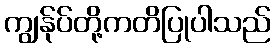
ကျွန်ုပ်တို့ကတိပြုပါသည်